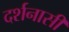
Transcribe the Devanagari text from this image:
दर्शनासी